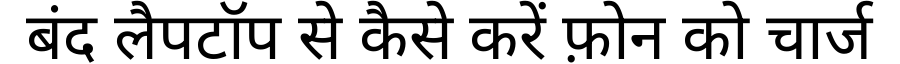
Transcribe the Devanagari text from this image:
बंद लैपटॉप से कैसे करें फ़ोन को चार्ज